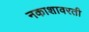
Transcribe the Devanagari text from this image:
नकाशावरती